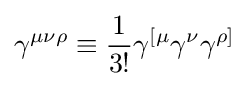
\gamma ^{\mu \nu \rho }\equiv {\frac {1}{3!}}\gamma ^{[\mu }\gamma ^{\nu }\gamma ^{\rho ]}